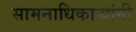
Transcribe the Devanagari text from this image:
सामनाधिकार्‍यांनी